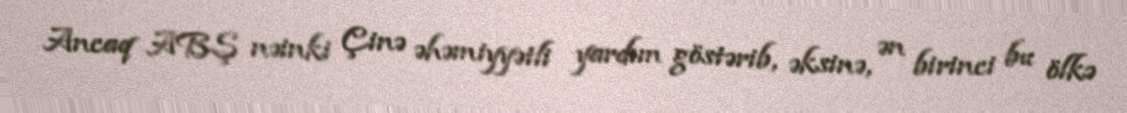
Ancaq ABŞ nəinki Çinə əhəmiyyətli yardım göstərib, əksinə, ən birinci bu ölkə